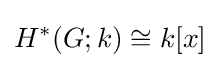
H^{*}(G;k)\cong k[x]